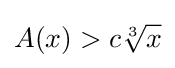
A(x)>c{\sqrt[{3}]{x}}